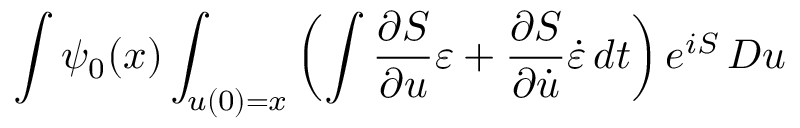
\int \psi _ { 0 } ( x ) \int _ { u ( 0 ) = x } \left( \int { \frac { \partial S } { \partial u } } \varepsilon + { \frac { \partial S } { \partial { \dot { u } } } } { \dot { \varepsilon } } \, d t \right) e ^ { i S } \, D u